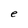
Character: e